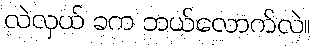
လဲလှယ် ခက ဘယ်လောက်လဲ။